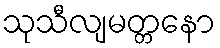
သုသီလျမတ္တနော